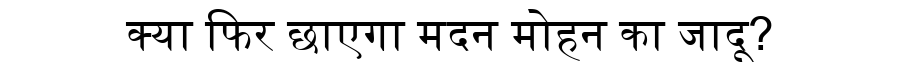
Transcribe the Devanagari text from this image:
क्या फिर छाएगा मदन मोहन का जादू?